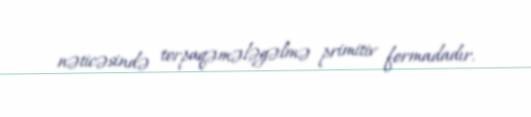
nəticəsində torpaqəmələgəlmə primitiv formadadır.